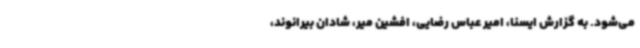
می‌شود. به گزارش ایسنا، امیر عباس رضایی، افشین میر، شادان بیرانوند،